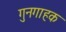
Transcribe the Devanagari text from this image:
गुनगाहक